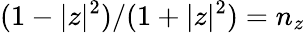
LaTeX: (1-|z|^{2})/(1+|z|^{2})=n_{z}